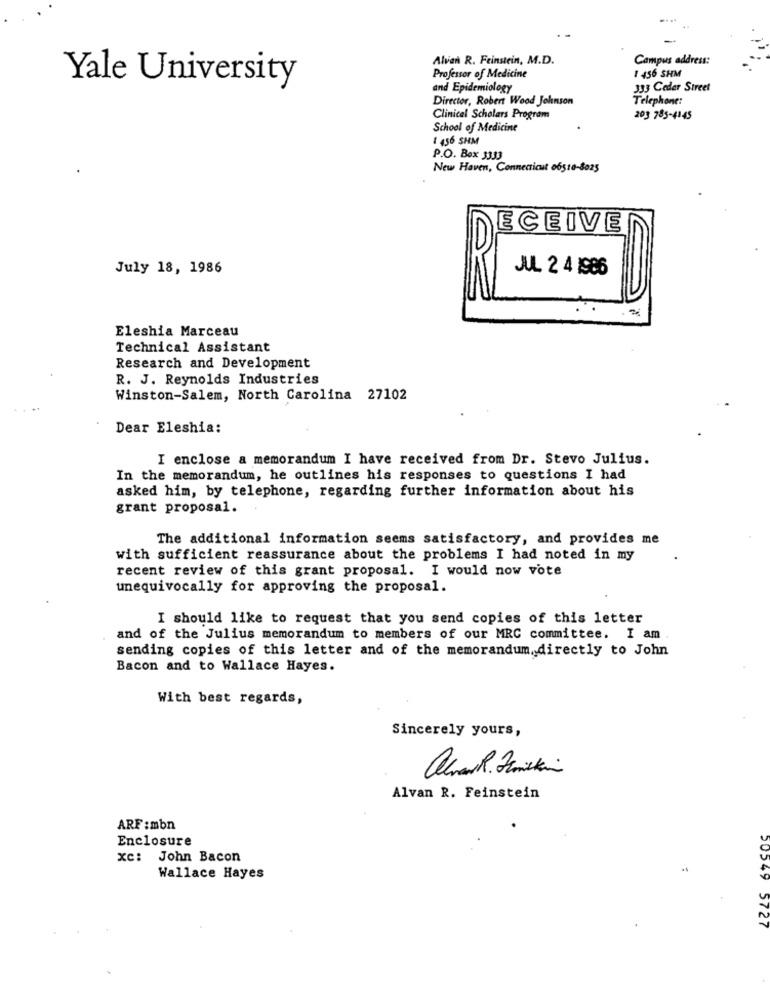
Alvan R. Feinstein, M.D.
Campus address:
Yale University
Professor of Medicine
1 456 SHM
and Epidemiology
333 Ceder Street
Director, Robert Wood Johnson
Telephone:
Clinical Scholars Program
203 783-4145
School of Medicine
1 456 SHM
P.O. Box 3333
New Haven, Connecticut 06510-8025
ECEIVE
July 18, 1986
JUL 2 4 1986
Eleshia Marceau
Technical Assistant
Research and Development
R. J. Reynolds Industries
Winston-Salem, North Carolina 27102
Dear Eleshia:
I enclose a memorandum I have received from Dr. Stevo Julius.
In the memorandum, he outlines his responses to questions I had
asked him, by telephone, regarding further information about his
grant proposal.
The additional information seems satisfactory, and provides me
with sufficient reassurance about the problems I had noted in my
recent review of this grant proposal. I would now vote
unequivocally for approving the proposal.
I should like to request that you send copies of this letter
and of the Julius memorandum to members of our MRC committee. I am
sending copies of this letter and of the memorandum, directly to John
Bacon and to Wallace Hayes.
With best regards,
Sincerely yours,
Alvan R. Feinstein
ARF :mbn
Enclosure
xc: John Bacon
Wallace Hayes
20549
5727